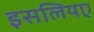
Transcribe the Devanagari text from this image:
इसलियए